Lunatic asylums in Bengal annual reports 1888-1898 - 1888-1898
Year: 1888
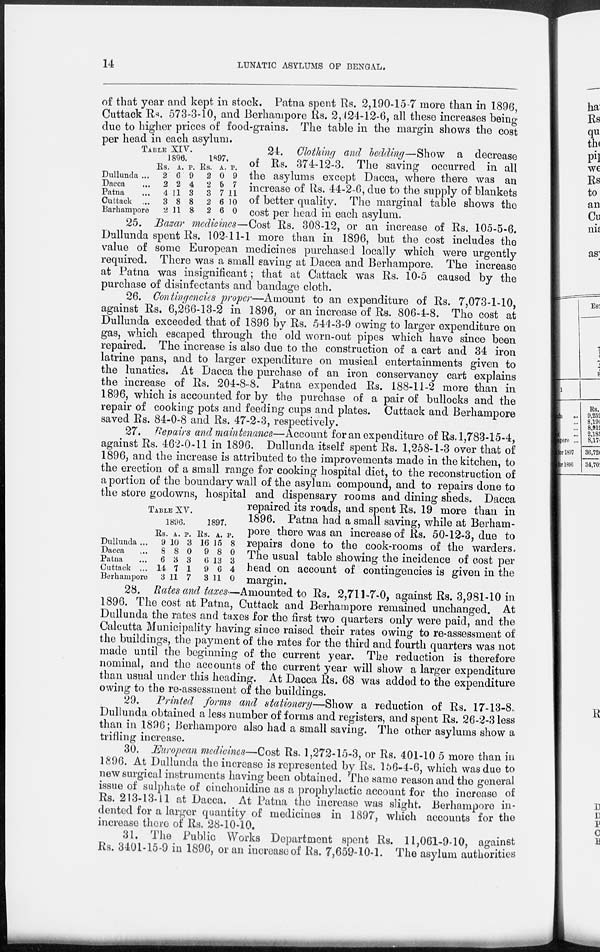
14
LUNATIC ASYLUMS OF BENGAL.
of that year and kept in stock. Patna spent Rs. 2,190-15-7 more than in 1896,
Cuttack Rs. 573-3-10, and Berhampore Rs. 2,124-12-6, all these increases being
due to higher prices of food-grains. The table in the margin shows the cost
per head in each asylum.
TABLE XIV.
1896.
Dullunda ...
Dacca ...
Patna ...
Cuttack ...
Barhampore
Rs.
2
2
4
3
2
A.
6
2
11
8
11
P.
9
4
3
8
8
1897.
Rs.
2
2
3
2
2
A.
0
5
7
6
6
P.
9
7
11
10
0
24. Clothing and bedding—Show a decrease
of Rs. 374-12-3. The saving occurred in all
the asylums except Dacca, where there was an
increase of Rs. 44-2-6, due to the supply of blankets
of better quality. The marginal table shows the
cost per head in each asylum.
25. Bazar medicines—Cost Rs. 308-12, or an increase of Rs. 105-5-6.
Dullunda spent Rs. 102-11-1 more than in 1896, but the cost includes the
value of some European medicines purchased locally which were urgently
required. There was a small saving at Dacca and Berhampore. The increase
at Patna was insignificant; that at Cattack was Rs. 10-5 caused by the
purchase of disinfectants and bandage cloth.
26. Contingencies proper—Amount to an expenditure of Rs. 7,073-1-10,
against Rs. 6,266-13-2 in 1896, or an increase of Rs. 806-4-8. The cost at
Dullunda exceeded that of 1896 by Rs. 544-3-9 owing to larger expenditure on
gas, which escaped through the old worn-out pipes which have since been
repaired. The increase is also due to the construction of a cart and 34 iron
latrine pans, and to larger expenditure on musical entertainments given to
the lunatics. At Dacca the purchase of an iron conservancy cart explains
the increase of Rs. 204-8-8. Patna expended Rs. 188-11-2 more than in
1896, which is accounted for by the purchase of a pair of bullocks and the
repair of cooking pots and feeding cups and plates. Cuttack and Berhampore
saved Rs. 84-0-8 and Rs. 47-2-3, respectively.
TABLE XV.
Dullunda ...
Dacca ...
Patna ...
Cuttack ...
Berhampore
1896.
Rs.
9
8
6
14
3
A.
10
8
3
7
11
P
3
0
3
1
7
1897.
Rs.
16
9
6
9
3
A.
15
8
13
6
11
P.
8
0
3
4
0
27. Repairs and maintenance—Account for an expenditure of Rs. 1,783-15-4,
against Rs. 462-0-11 in 1896. Dullunda itself spent Rs. 1,258-1-3 over that of
1896, and the increase is attributed to the improvements made in the kitchen, to
the erection of a small range for cooking hospital diet, to the reconstruction of
a portion of the boundary wall of the asylum compound, and to repairs done to
the store godowns, hospital and dispensary rooms and dining sheds. Dacca
repaired its roads, and spent Rs. 19 more than in
1896. Patna had a small saving, while at Berham-
pore there was an increase of Rs. 50-12-3, due to
repairs done to the cook-rooms of the warders.
The usual table showing the incidence of cost per
head on account of contingencies is given in the
margin.
28. Rates and taxes—Amounted to Rs. 2,711-7-0, against Rs. 3,981-10 in
1896. The cost at Patna, Cuttack and Berhampore remained unchanged. At
Dullunda the rates and taxes for the first two quarters only were paid, and the
Calcutta Municipality having since raised their rates owing to re-assessment of
the buildings, the payment of the rates for the third and fourth quarters was not
made until the beginning of the current year. The reduction is therefore
nominal, and the accounts of the current year will show a larger expenditure
than usual under this heading. At Dacca Rs. 68 was added to the expenditure
owing to the re-assessment of the buildings.
29. Printed forms and stationery—Show a reduction of Rs. 17-13-8
Dullunda obtained a less number of forms and registers, and spent Rs. 26-2-3 less
than in 1896; Berhampore also had a small saving. The other asylums show a
trifling increase.
30. European medicines—Cost Rs. 1,272-15-3, or Rs. 401-10 5 more than in
1896. At Dullunda the increase is represented by Rs. 156-4-6, which was due to
new surgical instruments having been obtained. The same reason and the general
issue of sulphate of cinchonidine as a prophylactic account for the increase of
Rs. 213-13-11 at Dacca. At Patna the increase was slight. Berhampore in-
dented for a larger quantity of medicines in 1897, which accounts for the
increase there of Rs. 28-10-10.
31. The Public Works Department spent Rs. 11,061-9-10, against
Rs. 3401-15-9 in 1896, or an increase of Rs. 7,659-10-1. The asylum authorities